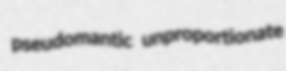
pseudomantic unproportionate